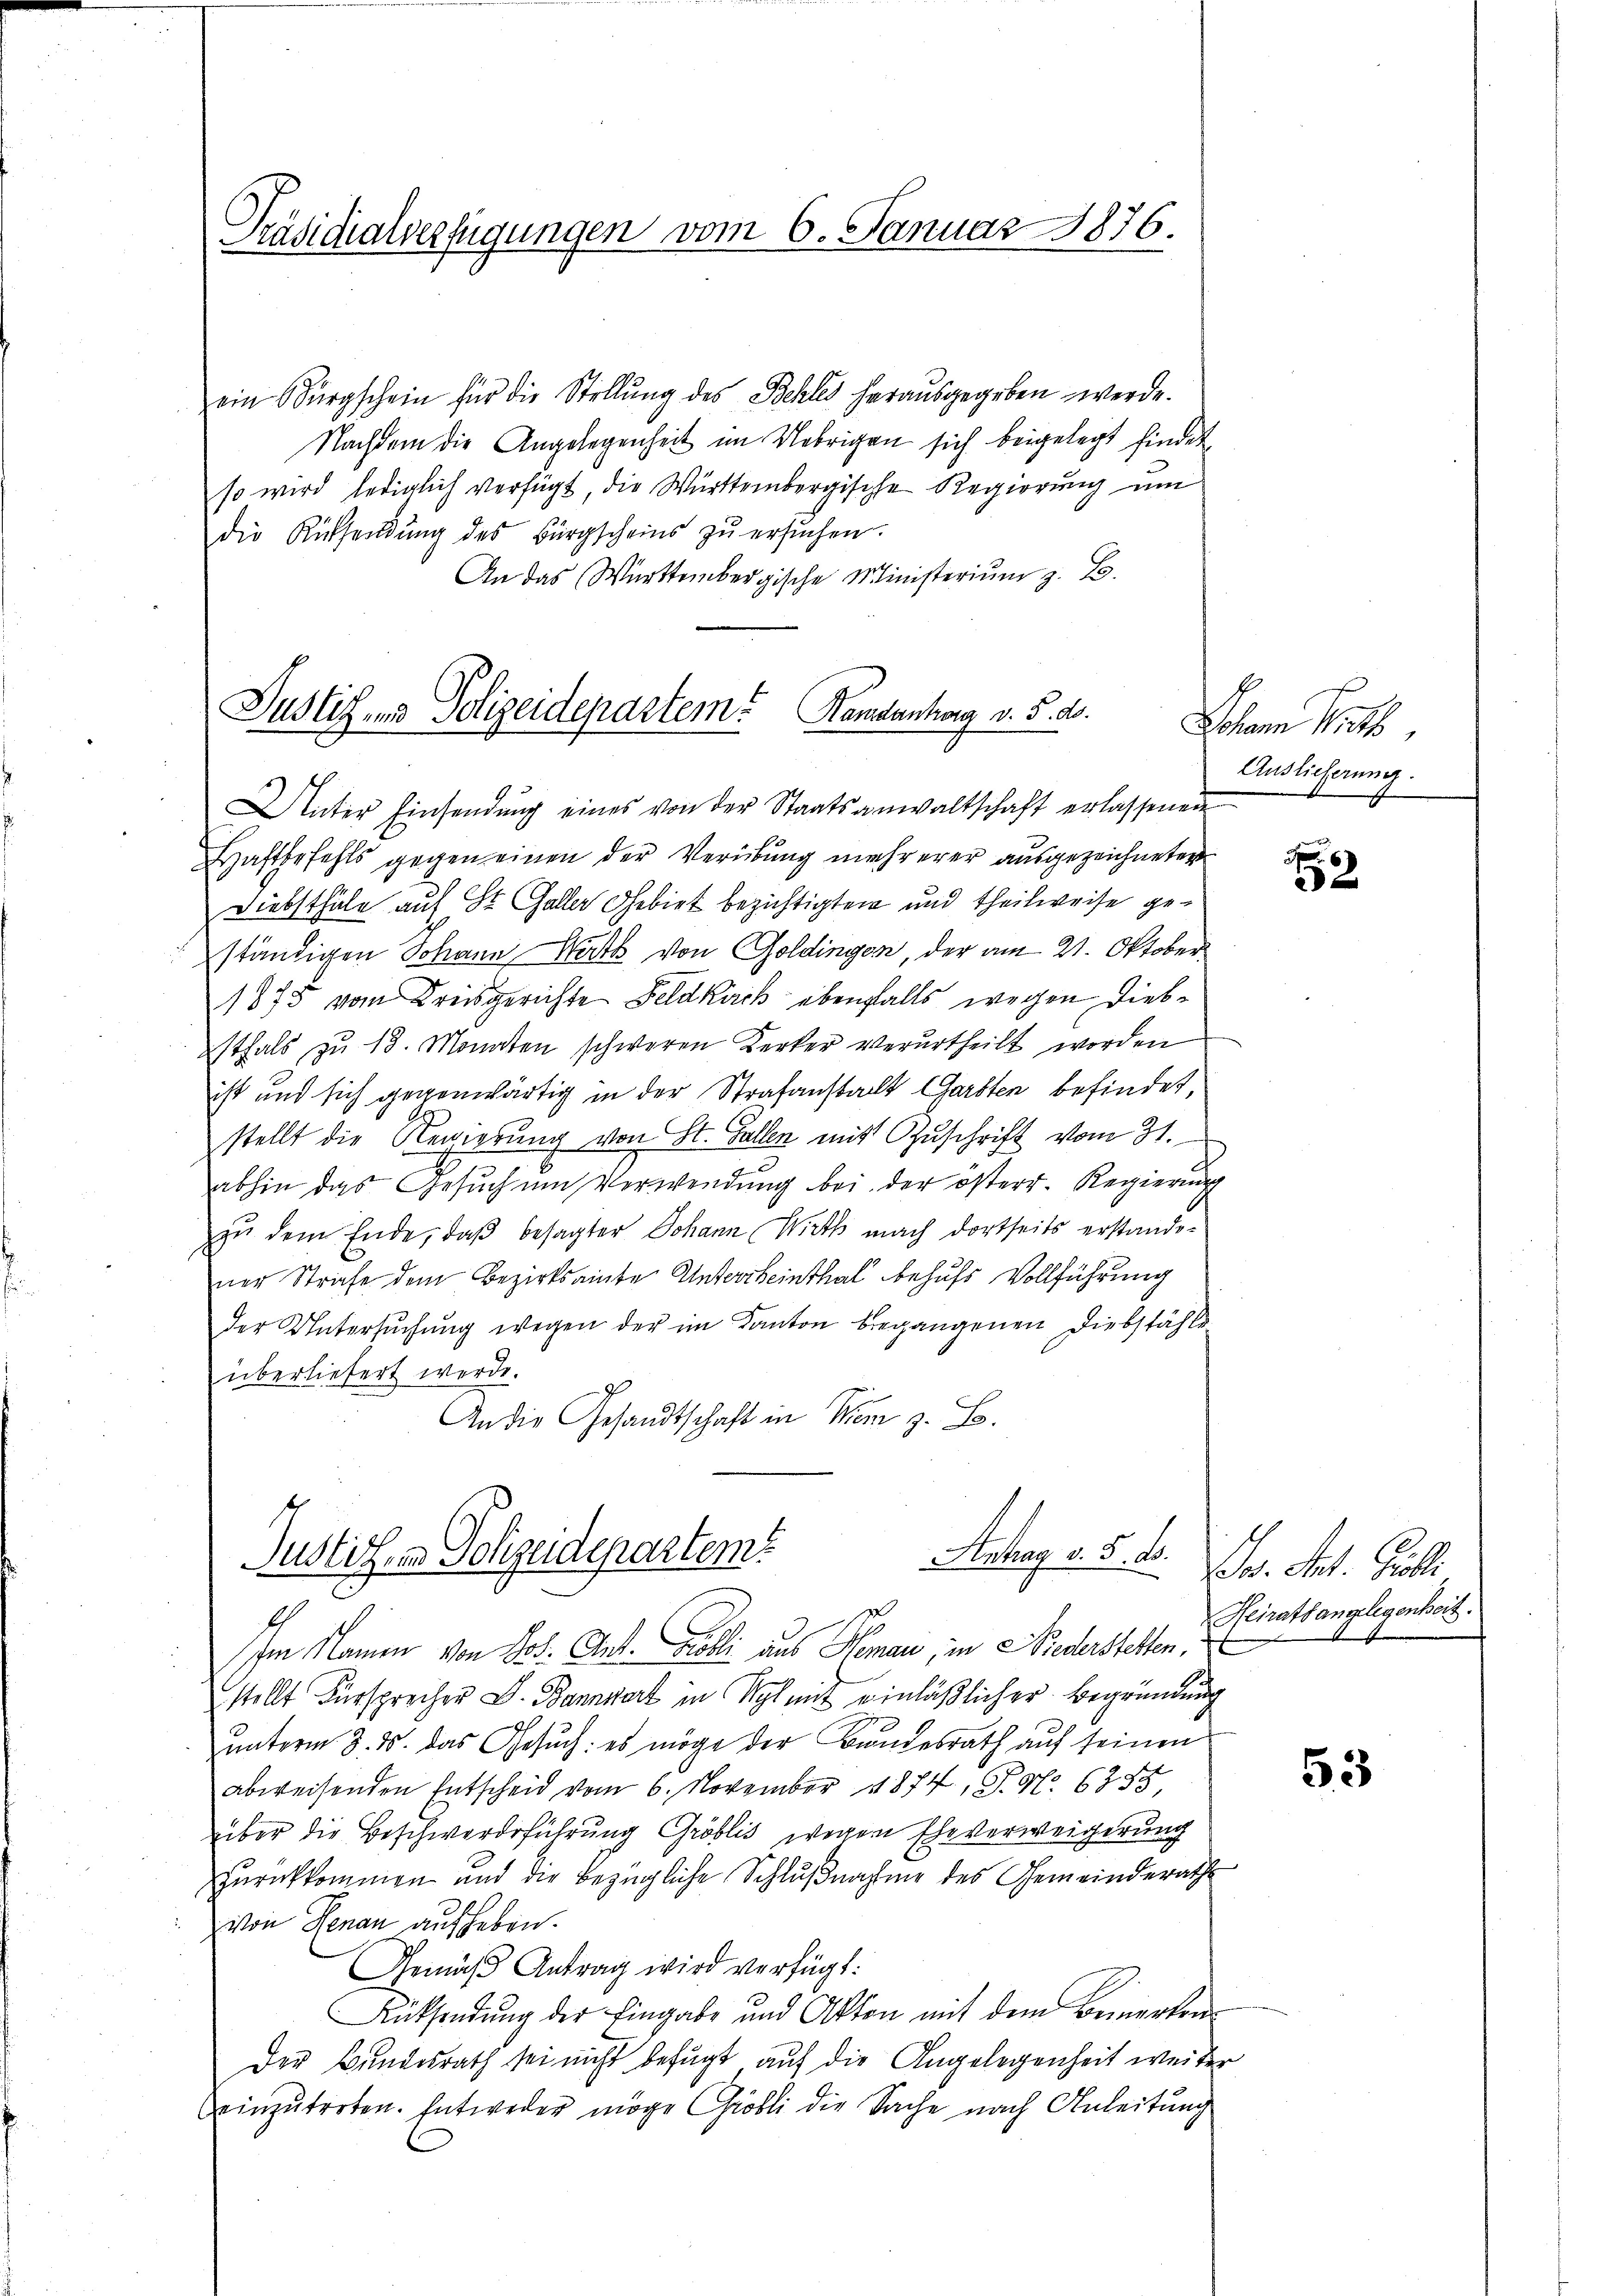
Präsidialverfügungen vom 6. Januar 1876.

ein Bürgschein für die Stellŭng des Schles herausgegeben werde.
Nachdem die Angelegenheit im Uebrigen sich beigelegt findet
so wird lediglich verfügt die Württembergische Regierung um
die Rücksendŭng des Bürgscheins zŭ ersŭchen.
An das Württembergische Ministerium z. B.

Randantrag v. 5. ds.
Justiz- und Polizeidepartem
Unter Einsendŭng eines von der Staatsanwaltschaft erlassenen

Haftbefehls gegen einen der Verübung mehrerer ausgezeichneten
Diebsthale auf St. Galler Gebiet bezichtigten und theilweise geständigen Johann Werth von Goldingen, der am 21. Oktober
1875 vom Kreisgerichte Feldkuck ebenfalls wegen Diebsthals zŭ 18. Monaten schweren Kerker verurtheilt worden
ist und sich gegenwärtig in der Strafanstalt Garsten befindet,
stellt die Regierŭng von St. Gallen mit Zŭschrift vom 31.
abhin das Gesuch um Verwendung bei der österr. Regierung
zŭ dem Ende, daβ besagter Johann Wirth nach dortseits erstandener Strafe dem Bezirksamte Untercheinthal behufs Vollführung
der Untersŭchŭng wegen der im Kanton begangenen Diebstähle
überliefert werde.
An die Gesandtschaft in Mem z. B.
Antrag v. 5. d.
Justichen Polizeidepartem
Im Namen von Jos. Ant. Bolli aus Nomari, in Niederstellen,
stellt Fürsprecher D. Bannwert in Wyl mit einläßlicher Begründung
unterm 8. ds. das Gesuch: es möge der Bundesrath auf seinen
abweisenden Entscheid vom 6. November 1874, S. N. 6385,
über die Beschwerdeführung Gröblis wegen Eheverweigerung
zurückkommen und die bezügliche Schlußnahme des Gemeinderathe
von Renau aufheben.
Gemäβ Antrag wird verfügt:
Rücksendung der Eingabe und Akten mit dem Bemerken-
Der Bundesrath sei nicht befugt auf die Angelegenheit weiter
einzŭtreten. Entweder möge Gröbli die Sache nach Anleitŭng

Lohann Kuts
Auslieferung.

6
a

For. Art. Polli
Heiratsangelegenheit.

53